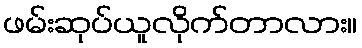
ဖမ်းဆုပ်ယူလိုက်တာလား။